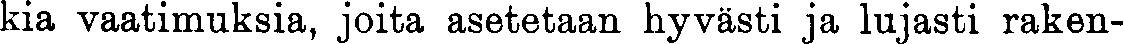
kia vaatimuksia, joita asetetaan hyvästi ja lujasti raken-